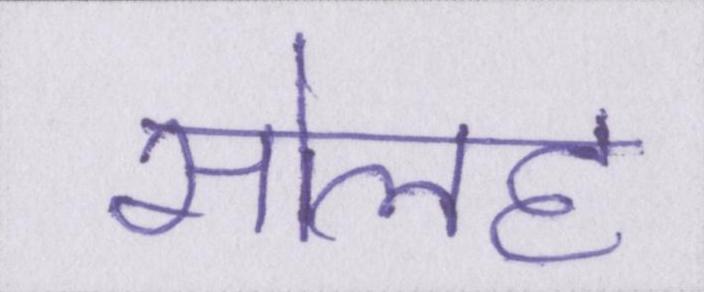
सोलह